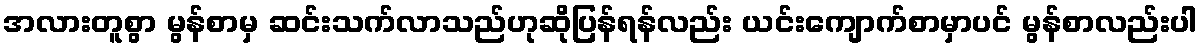
အလားတူစွာ မွန်စာမှ ဆင်းသက်လာသည်ဟုဆိုပြန်ရန်လည်း ယင်းကျောက်စာမှာပင် မွန်စာလည်းပါ